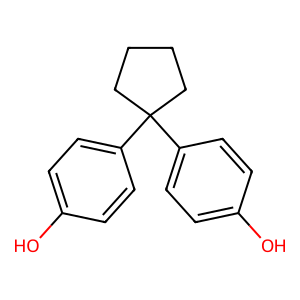
SMILES: Oc1ccc(C2(c3ccc(O)cc3)CCCC2)cc1
Inhibits HIV replication: No